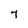
Character: 7